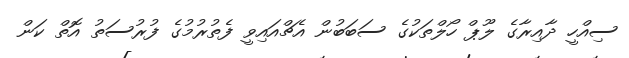
ސިއްހީ ދާއިރާގެ ލޫޕް ހޯލްތަކުގެ ސަބަބުން އެޗްއައިވީ ފެތުރުމުގެ ފުރުސަތު އޮތް ކަން